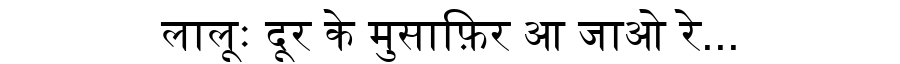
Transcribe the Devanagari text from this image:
लालूः दूर के मुसाफ़िर आ जाओ रे...